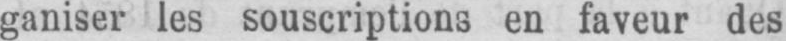
ganiser les souscriptions en faveur des